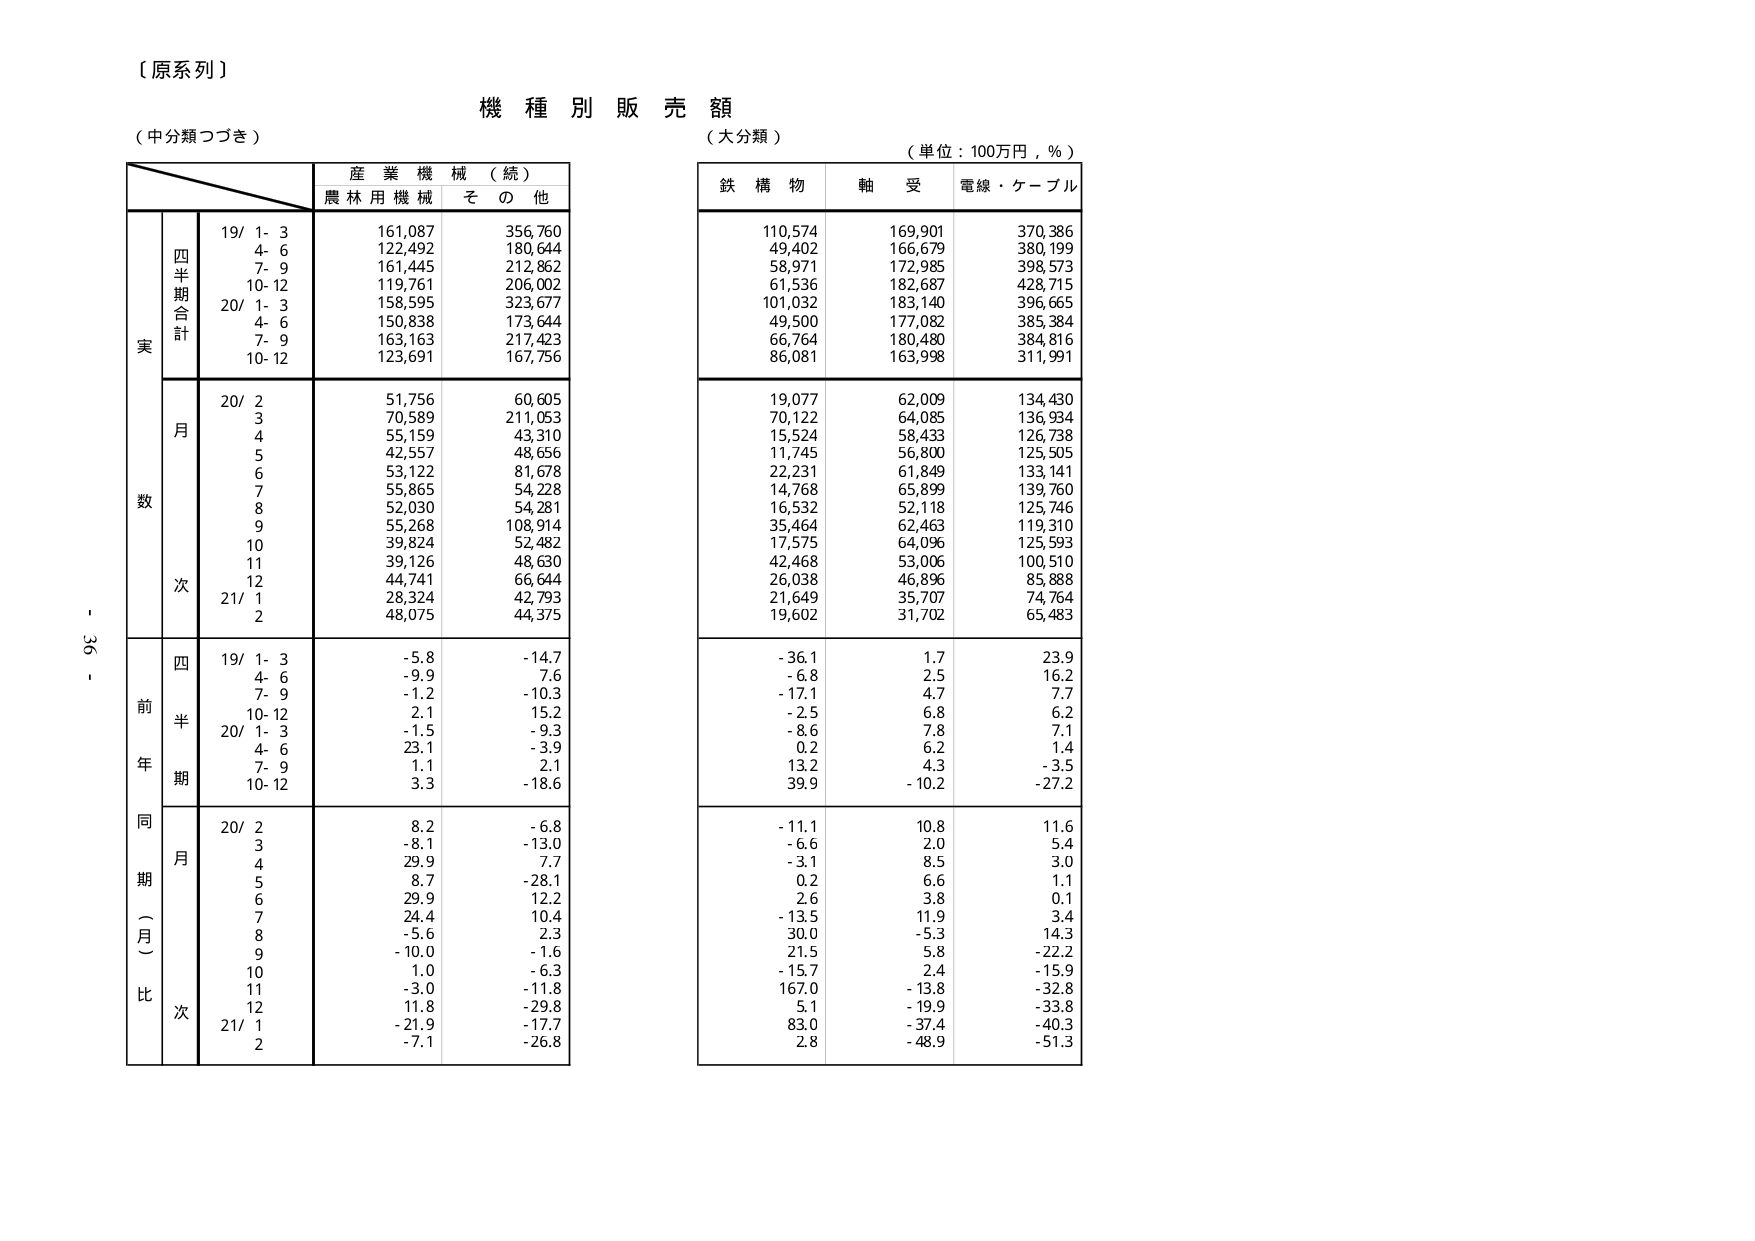
【原系列】
機種別販売額
（中分類つづき）
（大分類）
（単位：100万円，％）

産業機械（続）
農林用機械　その他

鉄構物　軸受　電線・ケーブル

四半期合計
19/ 1-3　161,087　356,760　110,574　169,901　370,386
　4-6　122,492　180,644　49,402　166,679　380,199
　7-9　161,445　212,862　58,971　172,985　398,573
　10-12　119,761　206,002　61,536　182,687　428,715
20/ 1-3　158,595　323,677　101,032　183,140　396,665
　4-6　150,838　173,644　49,500　177,082　385,384
　7-9　163,163　217,423　66,764　180,480　384,816
　10-12　123,691　167,756　86,081　163,998　311,991

月
20/ 2　51,756　60,605　19,077　62,009　134,430
　3　70,589　211,053　70,122　64,085　136,934
　4　55,159　43,310　15,524　58,433　126,738
　5　42,557　48,656　11,745　56,800　125,505
　6　53,122　81,678　22,231　61,849　133,141
　7　55,865　54,228　14,768　65,899　139,760
　8　52,030　54,281　16,532　52,118　125,746
　9　55,268　108,914　35,464　62,463　119,310
　10　39,824　52,482　17,575　64,096　125,593
　11　39,126　48,630　42,468　53,006　100,510
　12　44,741　66,644　26,038　46,896　85,888
21/ 1　28,324　42,793　21,649　35,707　74,764
　2　48,075　44,375　19,602　31,702　65,483

前年同期（月）比
四半期
19/ 1-3　-5.8　-14.7　-36.1　1.7　23.9
　4-6　-9.9　7.6　-6.8　2.5　16.2
　7-9　-1.2　-10.3　-17.1　4.7　7.7
　10-12　2.1　15.2　-2.5　6.8　6.2
20/ 1-3　-1.5　-9.3　-8.6　7.8　7.1
　4-6　23.1　-3.9　0.2　6.2　1.4
　7-9　1.1　2.1　13.2　4.3　-3.5
　10-12　3.3　-18.6　39.9　-10.2　-27.2

月
20/ 2　8.2　-6.8　-11.1　10.8　11.6
　3　-8.1　-13.0　-6.6　2.0　5.4
　4　29.9　7.7　-3.1　8.5　3.0
　5　8.7　-28.1　0.2　6.6　1.1
　6　29.9　12.2　2.6　3.8　0.1
　7　24.4　10.4　-13.5　11.9　3.4
　8　-5.6　2.3　30.0　-5.3　14.3
　9　-10.0　-1.6　21.5　5.8　-22.2
　10　1.0　-6.3　-15.7　2.4　-15.9
　11　-3.0　-11.8　167.0　-13.8　-32.8
　12　11.8　-29.8　5.1　-19.9　-33.8
21/ 1　-21.9　-17.7　83.0　-37.4　-40.3
　2　-7.1　-26.8　2.8　-48.9　-51.3

- 36 -